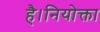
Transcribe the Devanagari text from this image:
है।नियोक्ता